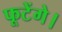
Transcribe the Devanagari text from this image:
फूटेंगे।